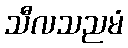
သီလသညမံ